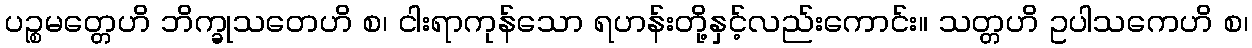
ပဉ္စမတ္တေဟိ ဘိက္ခုသတေဟိ စ၊ ငါးရာကုန်သော ရဟန်းတို့နှင့်လည်းကောင်း။ သတ္တဟိ ဥပါသကေဟိ စ၊